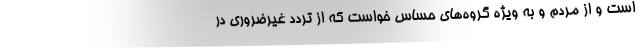
است و از مردم و به ویژه گروه‌های حساس خواست که از تردد غیرضروری در